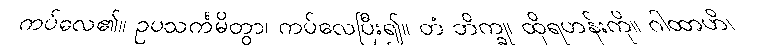
ကပ်လေ၏။ ဥပသင်္ကမိတွာ၊ ကပ်လေပြီး၍။ တံ ဘိက္ခု၊ ထိုရဟန်းကို။ ဂါထာဟိ၊